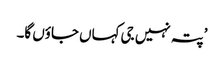
’پتہ نہیں جی کہاں جاؤں گا۔